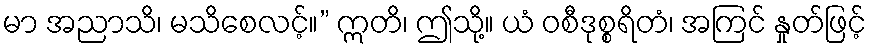
မာ အညာသိ၊ မသိစေလင့်။” ဣတိ၊ ဤသို့။ ယံ ဝစီဒုစ္စရိတံ၊ အကြင် နှုတ်ဖြင့်